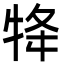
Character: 𭷟